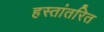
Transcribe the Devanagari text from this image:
हस्तांतरित